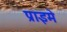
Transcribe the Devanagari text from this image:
प्राइमे